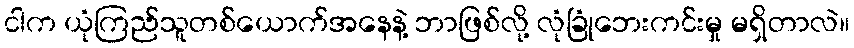
ငါက ယုံကြည်သူတစ်ယောက်အနေနဲ့ ဘာဖြစ်လို့ လုံခြုံဘေးကင်းမှု မရှိတာလဲ။